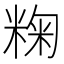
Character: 粷